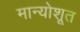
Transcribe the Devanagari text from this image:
मान्योशूत